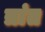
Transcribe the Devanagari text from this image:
त्रांत